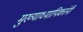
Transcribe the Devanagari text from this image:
मुख्याध्यापिकांनी